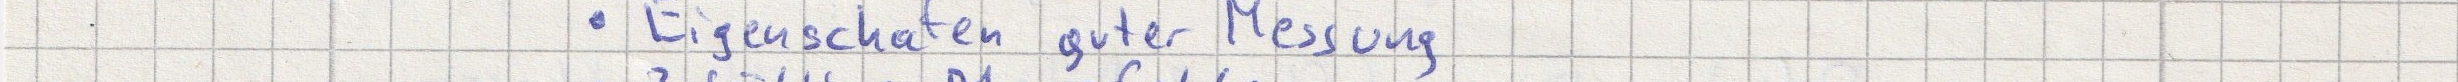
- Eigenschaften guter Messung